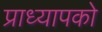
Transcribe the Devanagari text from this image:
प्राध्यापको